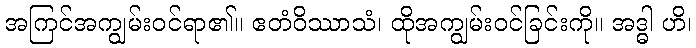
အကြင်အကျွမ်းဝင်ရာ၏။ ဧတံဝိဿာသံ၊ ထိုအကျွမ်းဝင်ခြင်းကို။ အဒ္ဓါ ဟိ၊